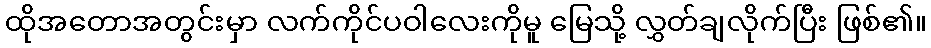
ထိုအတောအတွင်းမှာ လက်ကိုင်ပဝါလေးကိုမူ မြေသို့ လွှတ်ချလိုက်ပြီး ဖြစ်၏။